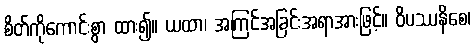
စိတ်ကိုကောင်းစွာ ထား၍။ ယထာ၊ အကြင်အခြင်းအရာအားဖြင့်။ ဝိပဿနိစေ၊